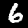
Digit: 6